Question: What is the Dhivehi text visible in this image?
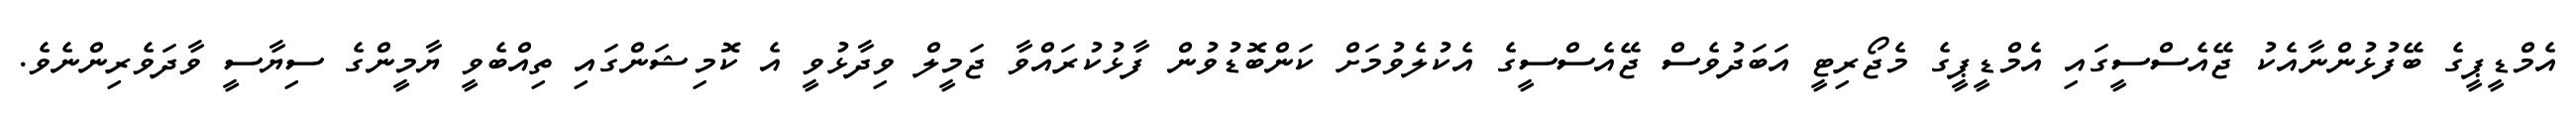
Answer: އެމްޑީޕީގެ ބޭފުޅުންނާއެކު ޖޭއެސްސީގައި އެމްޑީޕީގެ މެޖޯރިޓީ އަބަދުވެސް ޖޭއެސްސީގެ އެކުލެވުމަށް ކަންބޮޑުވުން ފާޅުކުރައްވާ ޖަމީލް ވިދާޅުވީ އެ ކޮމިޝަންގައި ތިއްބެވީ ޔާމީންގެ ސިޔާސީ ވާދަވެރިންނެވެ.